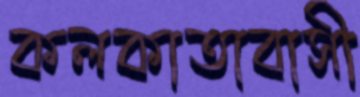
কলকাতাবাসী